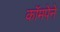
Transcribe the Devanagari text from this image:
कॉमपेने